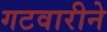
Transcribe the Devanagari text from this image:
गटवारीने